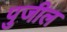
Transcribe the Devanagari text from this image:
पुजील